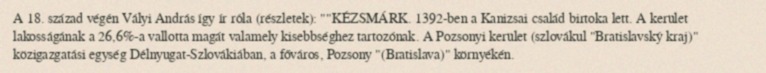
A 18. század végén Vályi András így ír róla (részletek): ""KÉZSMÁRK. 1392-ben a Kanizsai család birtoka lett. A kerület lakosságának a 26,6%-a vallotta magát valamely kisebbséghez tartozónak. A Pozsonyi kerület (szlovákul "Bratislavský kraj)" közigazgatási egység Délnyugat-Szlovákiában, a főváros, Pozsony "(Bratislava)" környékén.